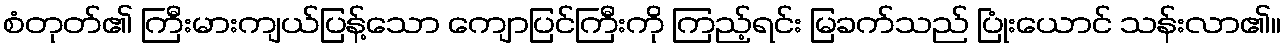
စံတုတ်၏ ကြီးမားကျယ်ပြန့်သော ကျောပြင်ကြီးကို ကြည့်ရင်း မြခက်သည် ပြုံးယောင် သန်းလာ၏။